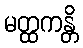
မတ္ထကန္တိ